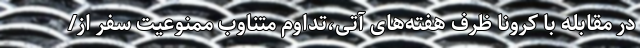
در مقابله با کرونا ظرف هفته‌های آتی،‌تداوم متناوب ممنوعیت سفر از/